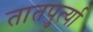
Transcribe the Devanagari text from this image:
तातपुर्त्या